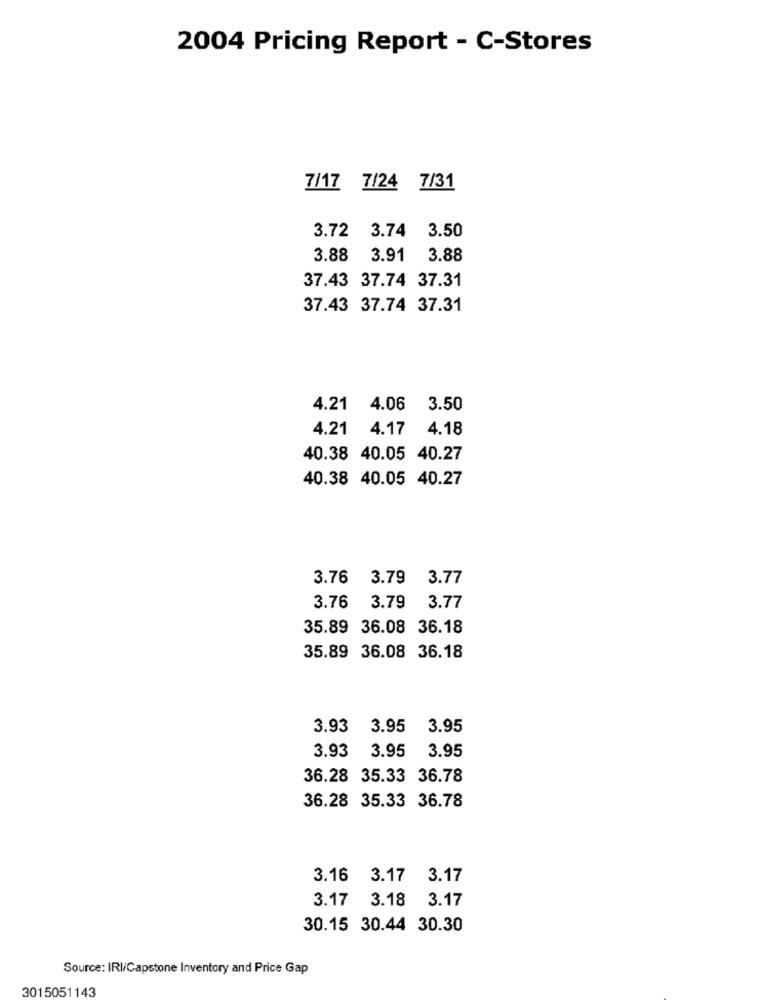
2004 Pricing Report - C-Stores
7/17 7/24 7/31
3.72 3.74 3.50
3.88 3.91 3.88
37.43 37.74 37.31
37.43 37.74 37.31
4.21 4.06 3.50
4.21 4.17 4.18
40.38 40.05 40.27
40.38 40.05 40.27
3.76 3.79 3.77
3.76 3.79
3.77
35.89 36.08 36.18
35.89 36.08 36.18
3.93 3.95
3.95
3.93 3.95
3.95
36.28 35.33 36.78
36.28 35.33 36.78
3.16 3.17 3.17
3.17 3.18 3.17
30.15 30.44 30.30
Source: IRI/Capstone Inventory and Price Gap
3015051143